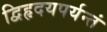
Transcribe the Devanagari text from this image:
द्विहृदयपर्यन्तं